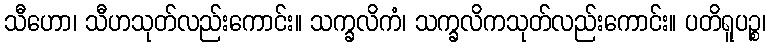
သီဟော၊ သီဟသုတ်လည်းကောင်း။ သက္ခလိကံ၊ သက္ခလိကသုတ်လည်းကောင်း။ ပတိရူပဉ္စ၊